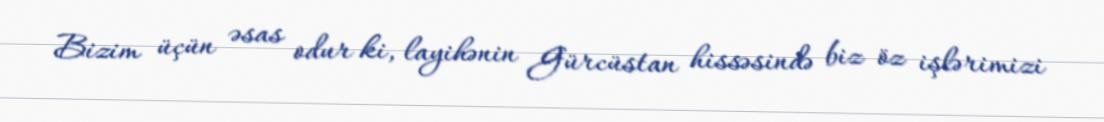
Bizim üçün əsas odur ki, layihənin Gürcüstan hissəsində biz öz işlərimizi